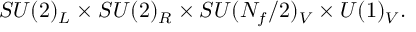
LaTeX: S U ( 2 ) _ { L } \times S U ( 2 ) _ { R } \times S U ( N _ { f } / 2 ) _ { V } \times U ( 1 ) _ { V } .